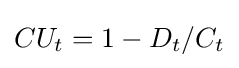
CU_{t}=1-D_{t}/C_{t}